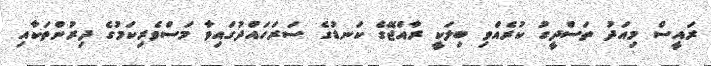
ރައީސް މިއަދު ތަސްދީގު ކުރެއްވި ބިލަކީ ރާއްޖޭގެ ކަނޑުގެ ސަރަހައްދުގައިވާ މަސްވެރިކަމުގެ ދިރުންތަކާއި